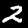
Label: 2